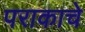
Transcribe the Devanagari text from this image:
पराकाचे